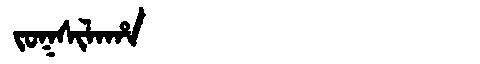
Manchu: ᠵᠣᡴᠰᡳᠯᠠᡥᠠ
Romanization: JOKSILAHA